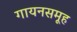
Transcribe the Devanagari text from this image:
गायनसमूह